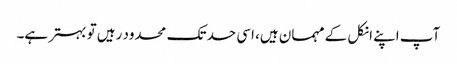
آپ اپنے انکل کے مہمان ہیں، اسی حد تک محدود رہیں تو بہتر ہے۔